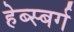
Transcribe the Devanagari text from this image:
हेब्स्बर्ग